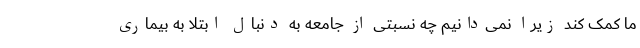
ما کمک کند زیرا نمی‌دانیم چه نسبتی از جامعه به دنبال ابتلا به بیماری